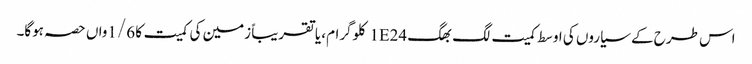
اس طرح کے سیاروں کی اوسط کمیت لگ بھگ 1E24 کلوگرام، یا تقریباً زمین کی کمیت کا 1/6واں حصہ ہوگا۔